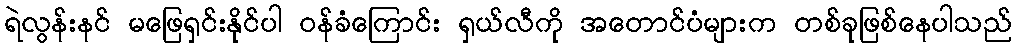
ရဲလွန်းနင် မဖြေရှင်းနိုင်ပါ ဝန်ခံကြောင်း ရှယ်လီကို အတောင်ပံများက တစ်ခုဖြစ်နေပါသည်